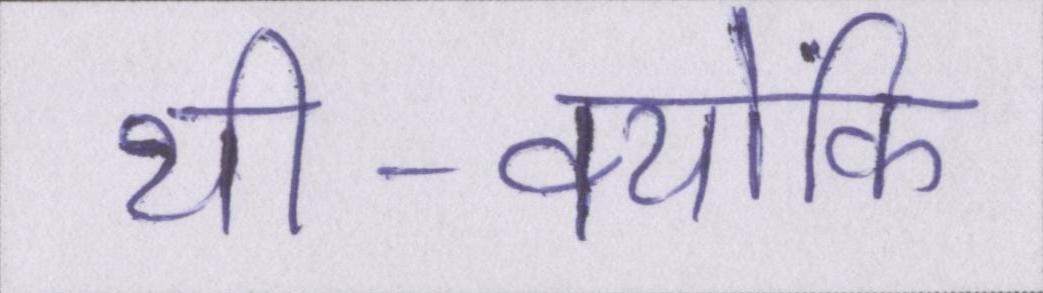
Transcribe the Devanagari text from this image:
थी-क्योंकि